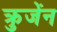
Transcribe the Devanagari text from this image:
क्रुजेंन